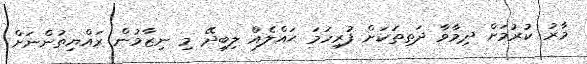
މާރު ކުރުމަށް ދިމާވާ ދަތިތަކަށް ފުރިހަމަ ޙައްލެއް ލިބިދޭ މި ނިޒާމުން ރައްޔިތުންނަށް